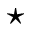
\star